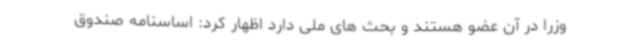
وزرا در آن عضو هستند و بحث های ملی دارد اظهار کرد: اساسنامه صندوق